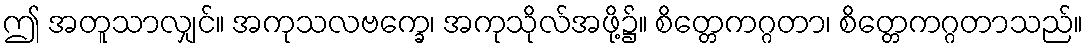
ဤ အတူသာလျှင်။ အကုသလဗက္ခေ၊ အကုသိုလ်အဖို့၌။ စိတ္တေကဂ္ဂတာ၊ စိတ္တေကဂ္ဂတာသည်။